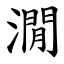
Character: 㵎